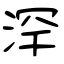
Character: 浫